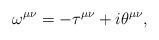
LaTeX: \begin{align*}\omega^{\mu\nu}=-\tau^{\mu\nu}+i\theta^{\mu\nu},\end{align*}